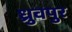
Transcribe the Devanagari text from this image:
ध्रुवपुर